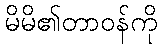
မိမိ၏တာဝန်ကို